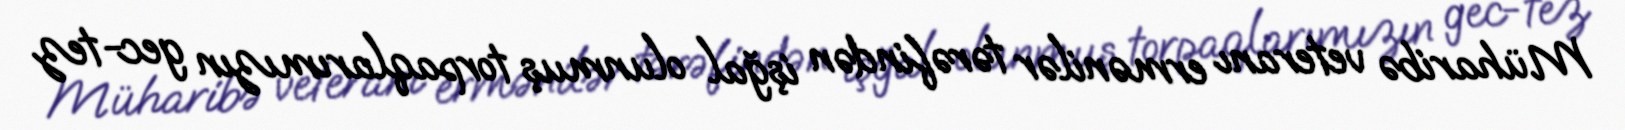
Müharibə veteranı ermənilər tərəfindən işğal olunmuş torpaqlarımızın gec-tez